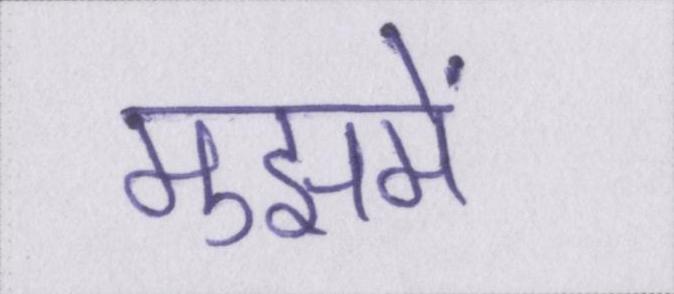
मुझमें